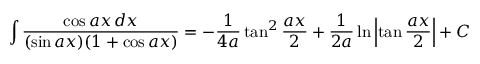
\int { \frac { \cos a x \, d x } { ( \sin a x ) ( 1 + \cos a x ) } } = - { \frac { 1 } { 4 a } } \tan ^ { 2 } { \frac { a x } { 2 } } + { \frac { 1 } { 2 a } } \ln \left| \tan { \frac { a x } { 2 } } \right| + C